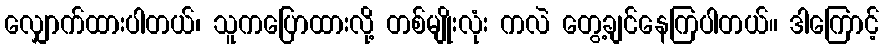
လျှောက်ထားပါတယ်၊ သူကပြောထားလို့ တစ်မျိုးလုံး ကလဲ တွေ့ချင်နေကြပါတယ်။ ဒါကြောင့်